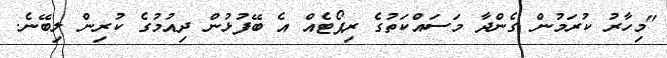
"މިހާރު ކުރަމުން ގެންދާ މަސައްކަތުގެ ރިޕޯޓެއް އެ ބޭފުޅުން ދިއުމުގެ ކުރިން ލިބޭނެ.